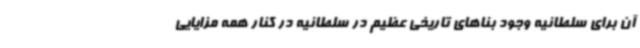
آن برای سلطانیه وجود بناهای تاریخی عظیم در سلطانیه در کنار همه مزایایی